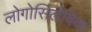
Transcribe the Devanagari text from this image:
लोगोसिलैबिक